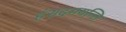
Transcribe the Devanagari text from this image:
हंसदमयन्ति